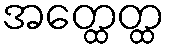
အတ္ထေတ္ထ